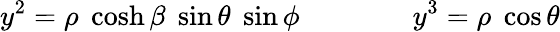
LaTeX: y^{2}=\rho\; \cosh\beta\; \sin\theta\; \sin\phi\qquad\qquad y^{3}=\rho\; \cos\theta